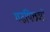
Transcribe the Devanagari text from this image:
गढपिछवारे